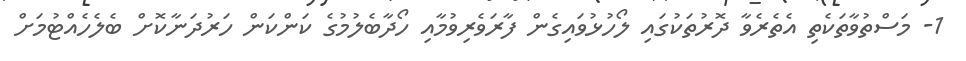
1- މަސްތުވާތަކެތި އެތެރެވާ ދޮރުތަކުގައި ލޯހުޅުވައިގެން ފާރަވެރިވުމާއި ހޯދާބެލުމުގެ ކަންކަން ހަރުދަނާކޮށް ބެލެހެއްޓުމަށް